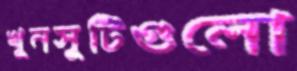
খুনসুটিগুলো